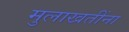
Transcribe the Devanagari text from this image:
मुलाखतींना